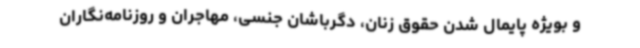
و بویژه پایمال شدن حقوق زنان،‌ دگرباشان جنسی، مهاجران و روزنامه‌نگاران